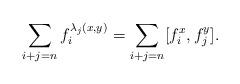
LaTeX: \begin{align*}\sum_{i+j=n}f_i^{\lambda_j(x,y)}=\sum_{i+j=n}[f_i^x,f_j^y].\end{align*}